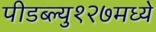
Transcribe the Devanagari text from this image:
पीडब्ल्यु१२७मध्ये